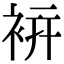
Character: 𧙒